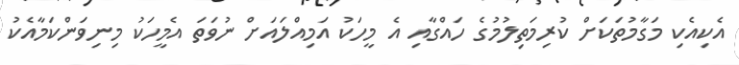
އެކިއެކި މަގާމުތަކަށް ކުރިމަތިލުމުގެ ހައްގާއި އެ މީހަކު އަމިއްލައަށް ނުވަތަ އެމީހަކު މިނިވަންކަމާއެކު